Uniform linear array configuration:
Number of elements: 12
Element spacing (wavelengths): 0.75
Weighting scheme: binomial
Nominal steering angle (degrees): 0
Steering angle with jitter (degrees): -1.832
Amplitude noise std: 0.05
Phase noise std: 0.05

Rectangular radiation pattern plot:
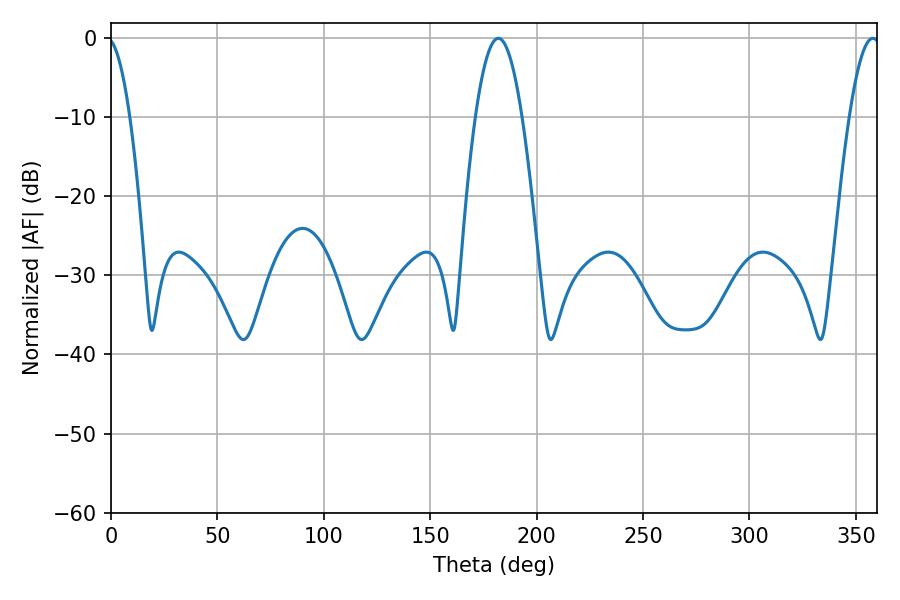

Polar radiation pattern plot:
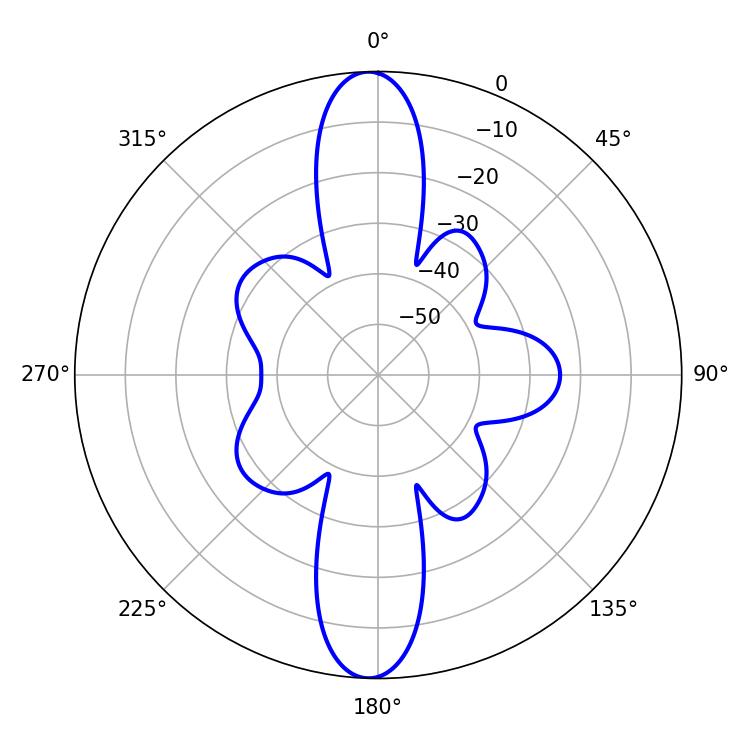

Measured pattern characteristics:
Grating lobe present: TRUE
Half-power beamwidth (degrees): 12.06
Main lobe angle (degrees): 181.98